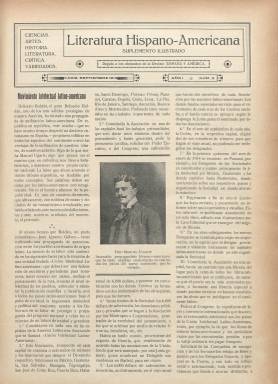
Título: Literatura hispano-americana
Otros títulos: Literatura hispano americana || Literatura hispanoamericana
Colección: Literatura || Revistas de información general
Ámbito geográfico: Cádiz
Lugar de publicación: Cádiz
Fechas: 01/09/1913-31/12/1926

Suplemento literario de la revista España y América, de Cádiz, que había comenzado a editarse en 1912 coincidiendo con el centenario de las Cortes de Cádiz, acontecimiento que fue celebrado ampliamente en los números de ese año dado que en la primera Constitución española habían tomado parte muchos diputados americanos. El suplemento comenzó a salir al año siguiente y se regalaba a los abonados a la publicación principal.

   La revista no solía pasar de las 20 páginas, la mayoría de ellas dedicadas a la economía de los distintos países hispanoamericanos, y este suplemento constaba de cuatro páginas con temática variada, dado que pese a su título su contenido no se limitaba solo a la literatura. Incluía también artículos de ciencias, arte e historia, así como crónicas, poemas y otras pequeñas piezas literarias.

En su primera página solía incluir una fotografía de algún autor de relieve al que se dedicaba la información principal o era noticia por alguna causa. Así, en el número de marzo de 1916 incluyó la foto de Rubén Darío con motivo de su fallecimiento en Nicaragua.

  El suplemento daba cuenta del movimiento intelectual latinoamericano, más que el propiamente español, con figuras de prestigio y otras apenas conocidas en España. Había una sección de Bibliografía que recogía la producción más destacada de los autores de ambos lados del Atlántico y otra de Variedades con noticias curiosas.

El director tanto de la revista como del suplemento fue Eduardo de Ory, literato de vocación americanista y amigo de escritores hispanoamericanos que participó también en otras iniciativas culturales de este tipo en Cádiz, como la fundación de la Real Academia Hispano-Americana de Ciencias y Artes.

Creador de catorce libros de poesía, ocho de prosa y seis antologías de autores latinoamericanos, Eduardo de Ory fundó las revistas modernistas Azul (1907) y Diana (1909). Estudió la vida y obra de su amigo Rubén Darío y dedicó también trabajos a otros poetas como Amado Nervo.

   La colección de la BNE del suplemento Literatura hispano-americana concluye en diciembre de 1926, pero probablemente ese sea su último número, dado que al año siguiente apareció en Cádiz como continuación La Vida Literaria, también suplemento de la revista España y América, que se prolongaría hasta 1935.

[Descripción publicada el 17/08/2022]